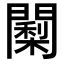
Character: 𮤠